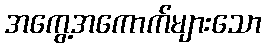
အကွေ့အကောက်များသော